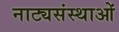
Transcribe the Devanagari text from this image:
नाट्यसंस्थाओं